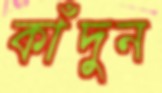
কাঁদুন